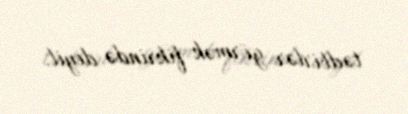
tədbirlər görmək fikrində deyil.